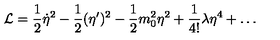
{ \cal L } = \frac { 1 } { 2 } \dot { \eta } ^ { 2 } - \frac { 1 } { 2 } ( \eta ^ { \prime } ) ^ { 2 } - \frac { 1 } { 2 } m _ { 0 } ^ { 2 } \eta ^ { 2 } + \frac { 1 } { 4 ! } \lambda \eta ^ { 4 } + \ldots